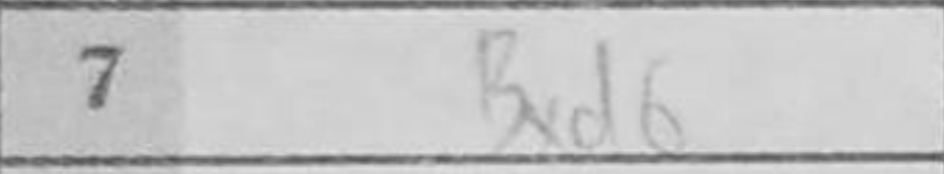
Transcription: Bxd6